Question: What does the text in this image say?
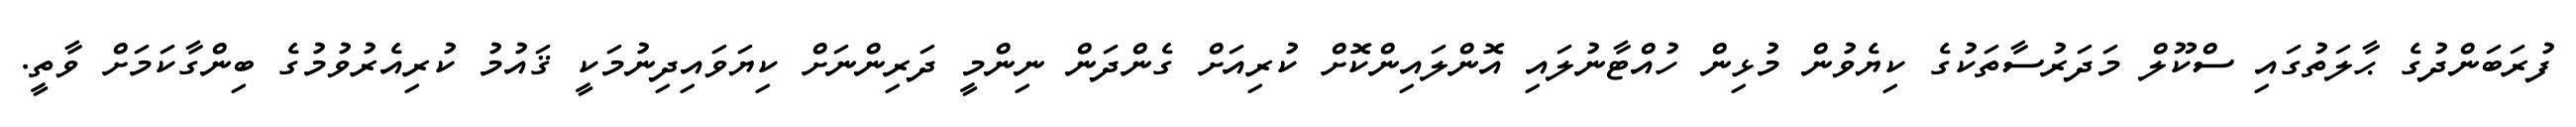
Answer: ފުރަބަންދުގެ ޙާލަތުގައި ސްކޫލް މަދަރުސާތަކުގެ ކިޔެވުން މުޅިން ހުއްޓާނުލައި އޮންލައިންކޮށް ކުރިއަށް ގެންދަން ނިންމީ ދަރިންނަށް ކިޔަވައިދިނުމަކީ ޤައުމު ކުރިއެރުވުމުގެ ބިންގާކަމަށް ވާތީ.